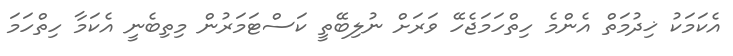
އެކަމަކު ޚިދުމަތް އެންމެ ހިތްހަމަޖެހޭ ވަރަށް ނުލިބޭތީ ކަސްޓަމަރުން މިތިބެނީ އެކަމާ ހިތްހަަމަ